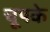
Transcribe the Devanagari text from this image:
चूपके